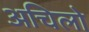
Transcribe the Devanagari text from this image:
अचिलो